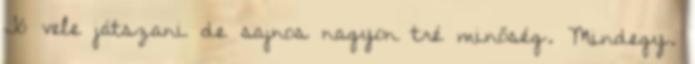
Jó vele játszani de sajnos nagyon tré minőség. Mindegy.